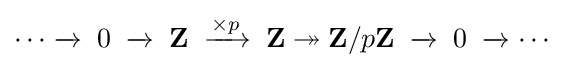
\cdots \xrightarrow {} \;0\;\xrightarrow {} \;\mathbf {Z} \;\xrightarrow {\times p} \;\mathbf {Z} \twoheadrightarrow \mathbf {Z} /p\mathbf {Z} \;\xrightarrow {} \;0\;\xrightarrow {} \cdots